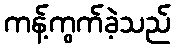
ကန့်ကွက်ခဲ့သည်